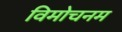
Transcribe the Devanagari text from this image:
विमोचनम